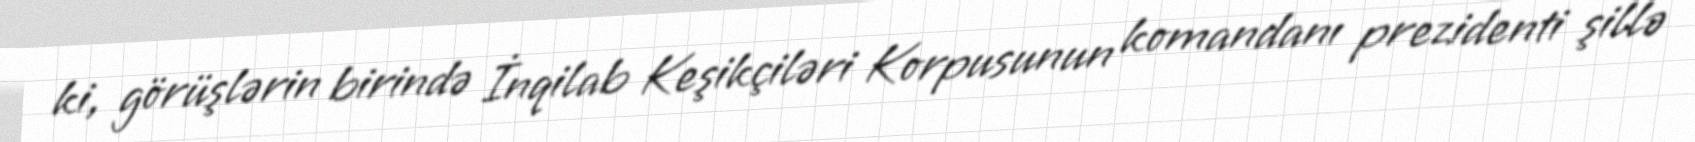
ki, görüşlərin birində İnqilab Keşikçiləri Korpusunun komandanı prezidenti şillə